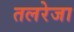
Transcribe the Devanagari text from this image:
तलरेजा